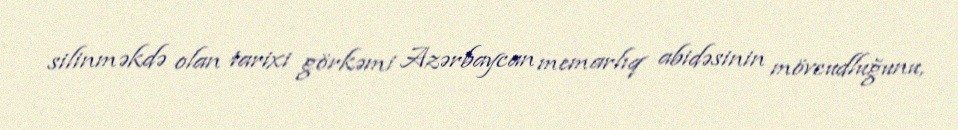
silinməkdə olan tarixi görkəmi Azərbaycan memarlıq abidəsinin mövcudluğunu,